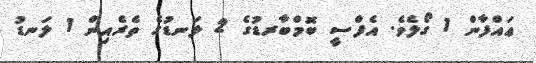
ޢައްފާން 1 ގޯލެވެ. އެފްސީ ބޮމްބާރޑުގެ 2 ލަނޑުގެ ތެރެއިން 1 ލަނޑު